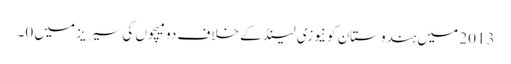
2013 میں ہندوستان کو نیوزی لینڈ کے خلاف دو میچوں کی سیریز میں 0۔